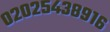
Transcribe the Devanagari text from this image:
०२०२५४३८९१६